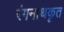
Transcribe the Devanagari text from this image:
रंगनाथकृत